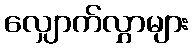
လျှောက်လွှာများ